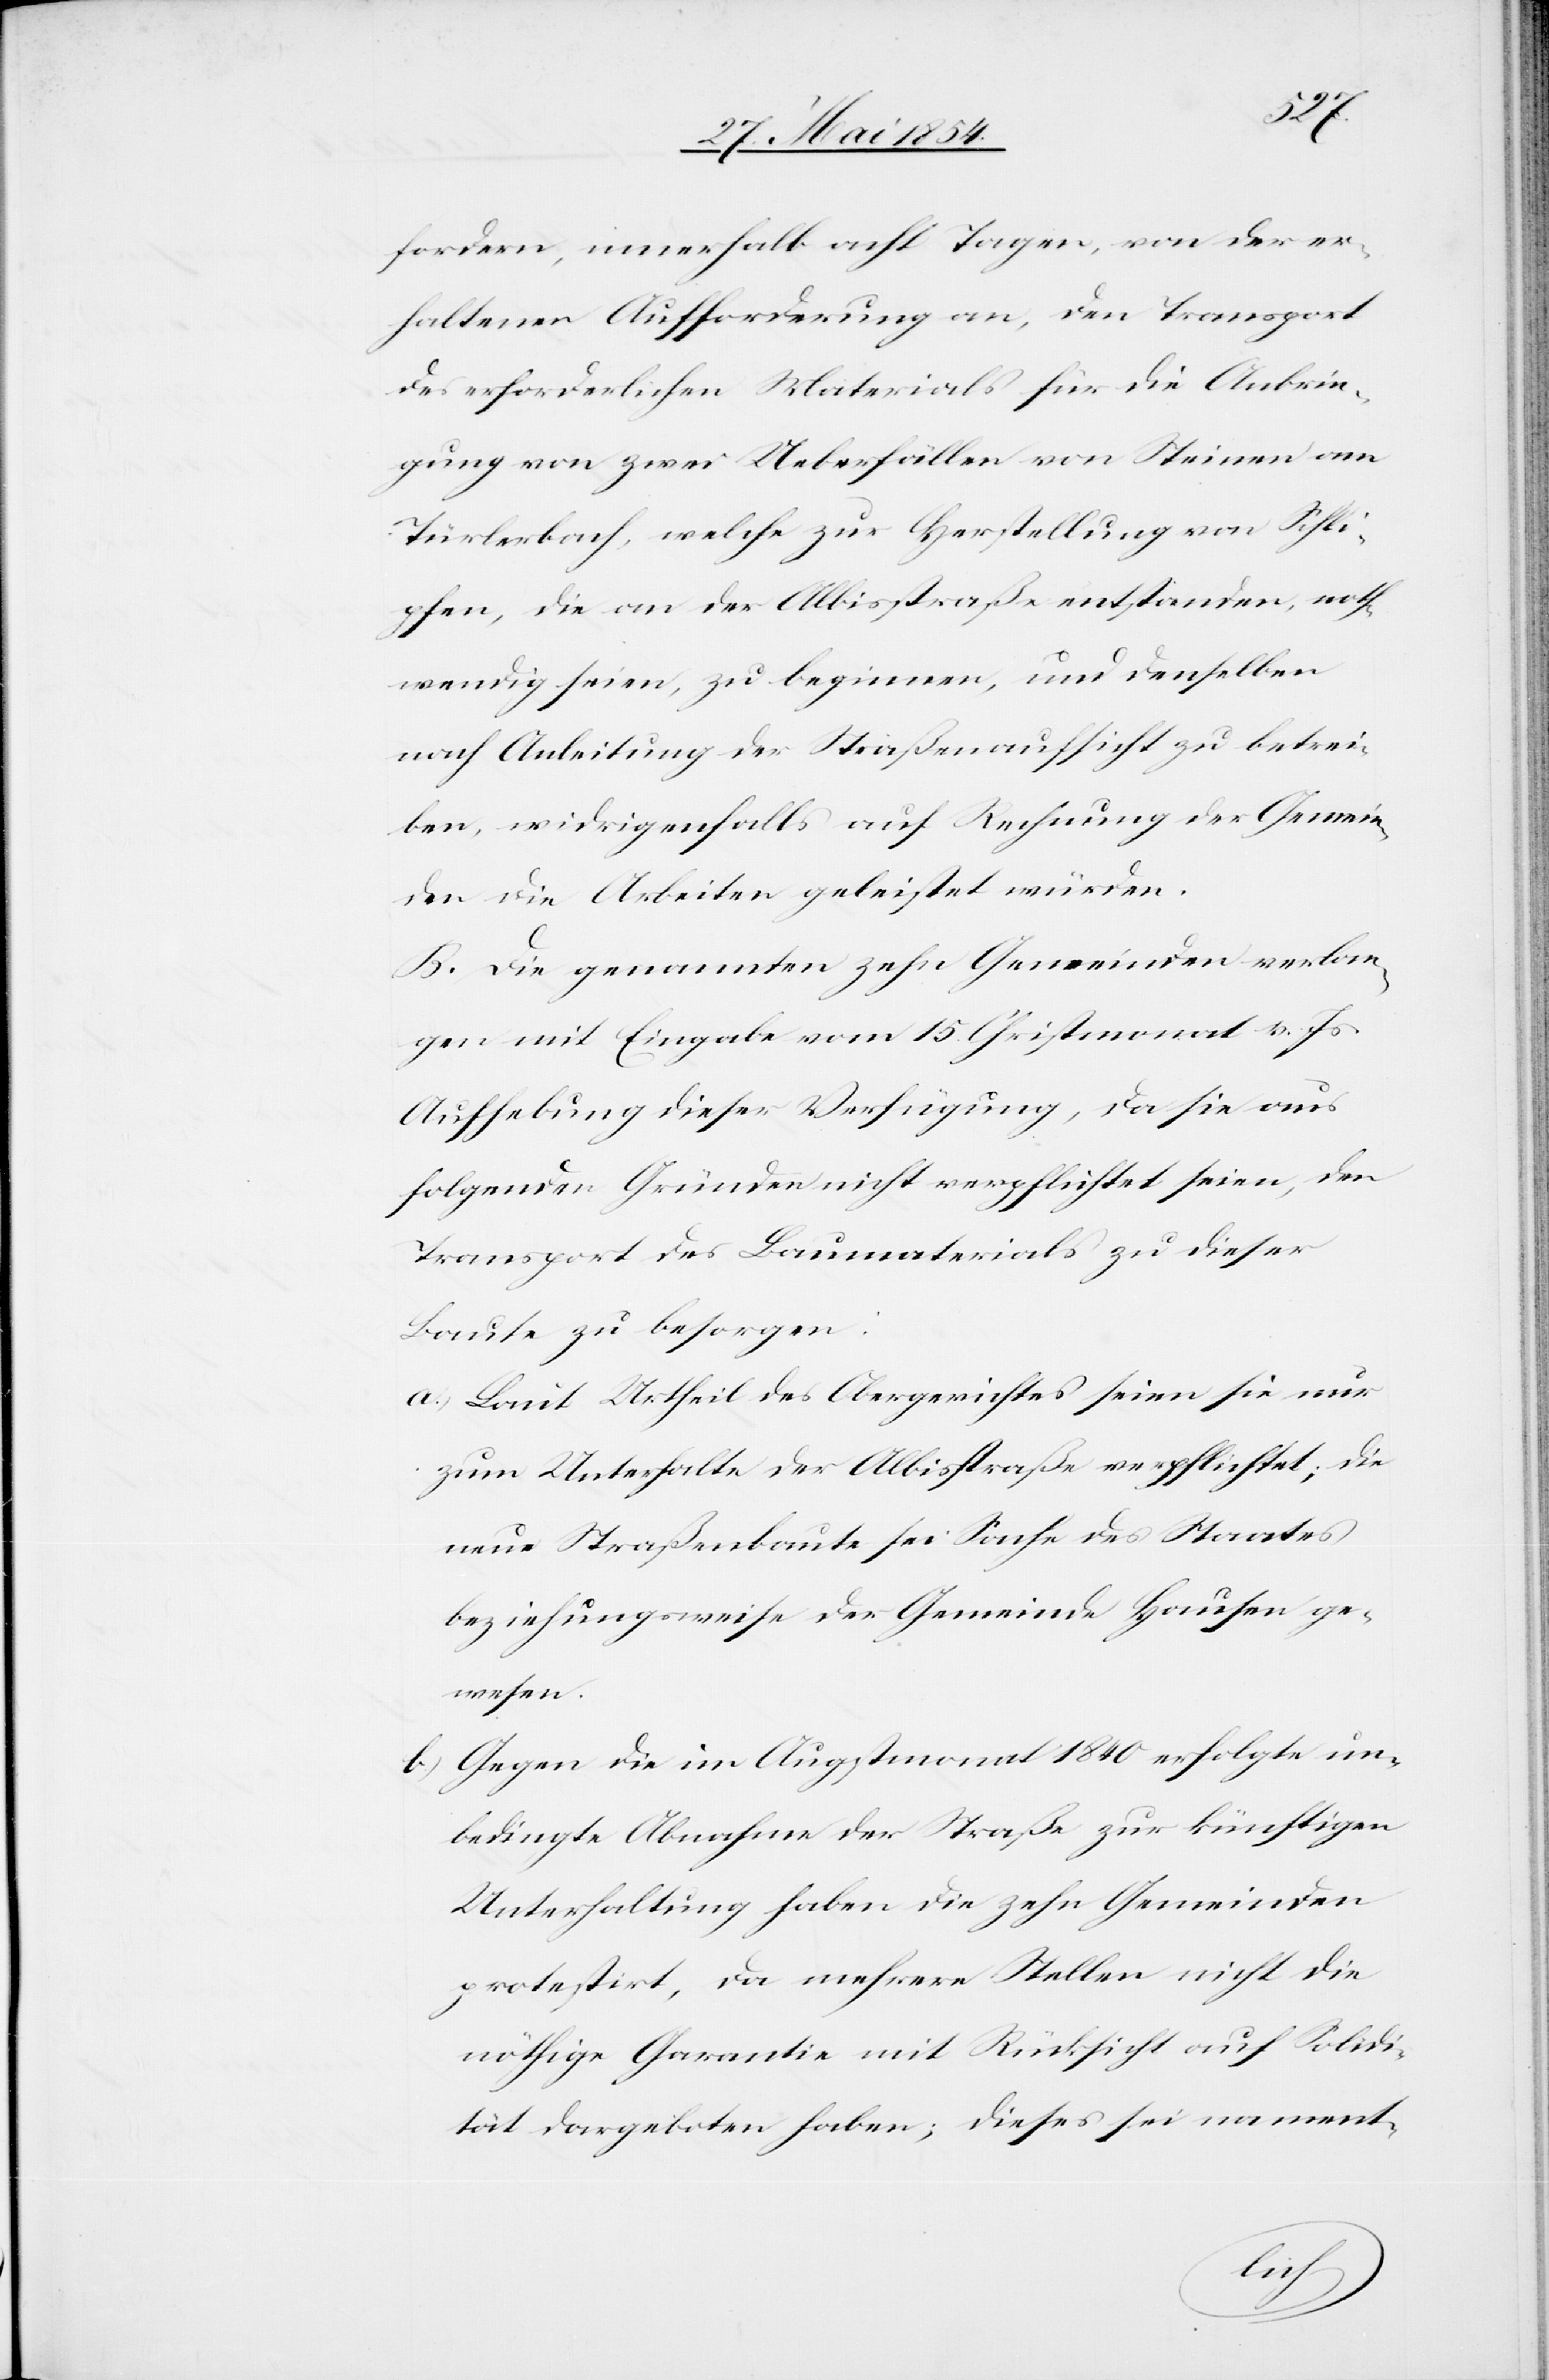
fordern, innerhalb acht Tagen, von der er¬
haltenen Aufforderung an, den Transport
des erforderlichen Materials für die Anbrin¬
gung von zwei Ueberfällen von Steinen am
Türlerbach, welche zur Herstellung von Schli¬
pfen, die an der Albisstraße entstanden, noth¬
wendig seien, zu beginnen und denselben
nach Anleitung der Straßenaufsicht zu betrei¬
ben, widrigenfalls auf Rechnung der Gemein¬
den die Arbeiten geleistet würden.
B. Die genannten zehn Gemeinden verlan¬
gen mit Eingabe vom 15. Christmonat v. Js.
Aufhebung dieser Verfügung, da sie aus
folgenden Gründen nicht verpflichtet seien, den
Transport des Baumaterials zu dieser
Baute zu besorgen:
a.) Laut Urtheil des Obergerichtes seien sie nur
zum Unterhalte der Albisstraße verpflichtet; die
neue Straßenbaute sei Sache des Staates
beziehungsweise der Gemeinde Hausen ge¬
wesen.
b.) Gegen die im Augstmonat 1850 erfolgte un¬
bedingte Abnahme der Straße zur künftigen
Unterhaltung haben die zehn Gemeinden
protestirt, da mehrere Stellen nicht die
nöthige Garantie mit Rücksicht auf Solidi¬
tät dargeboten haben; dieses sei nament-